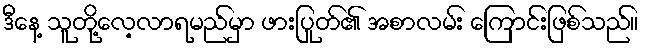
ဒီနေ့ သူတို့လေ့လာရမည်မှာ ဖားပြုတ်၏ အစာလမ်း ကြောင်းဖြစ်သည်။